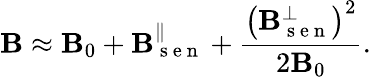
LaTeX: \mathbf{B}\approx\mathbf{B}_{0}+\mathbf{B}_{\mathrm{{~s~e~n~}}}^{\parallel}+\frac{{\left(\mathbf{B}_{\mathrm{{~s~e~n~}}}^{\perp}\right)^{2}}}{{2\mathbf{B}_{0}}}.